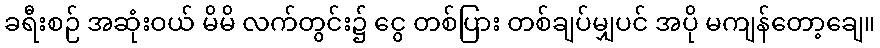
ခရီးစဉ် အဆုံးဝယ် မိမိ လက်တွင်း၌ ငွေ တစ်ပြား တစ်ချပ်မျှပင် အပို မကျန်တော့ချေ။